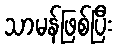
သာမန်ဖြစ်ပြီး